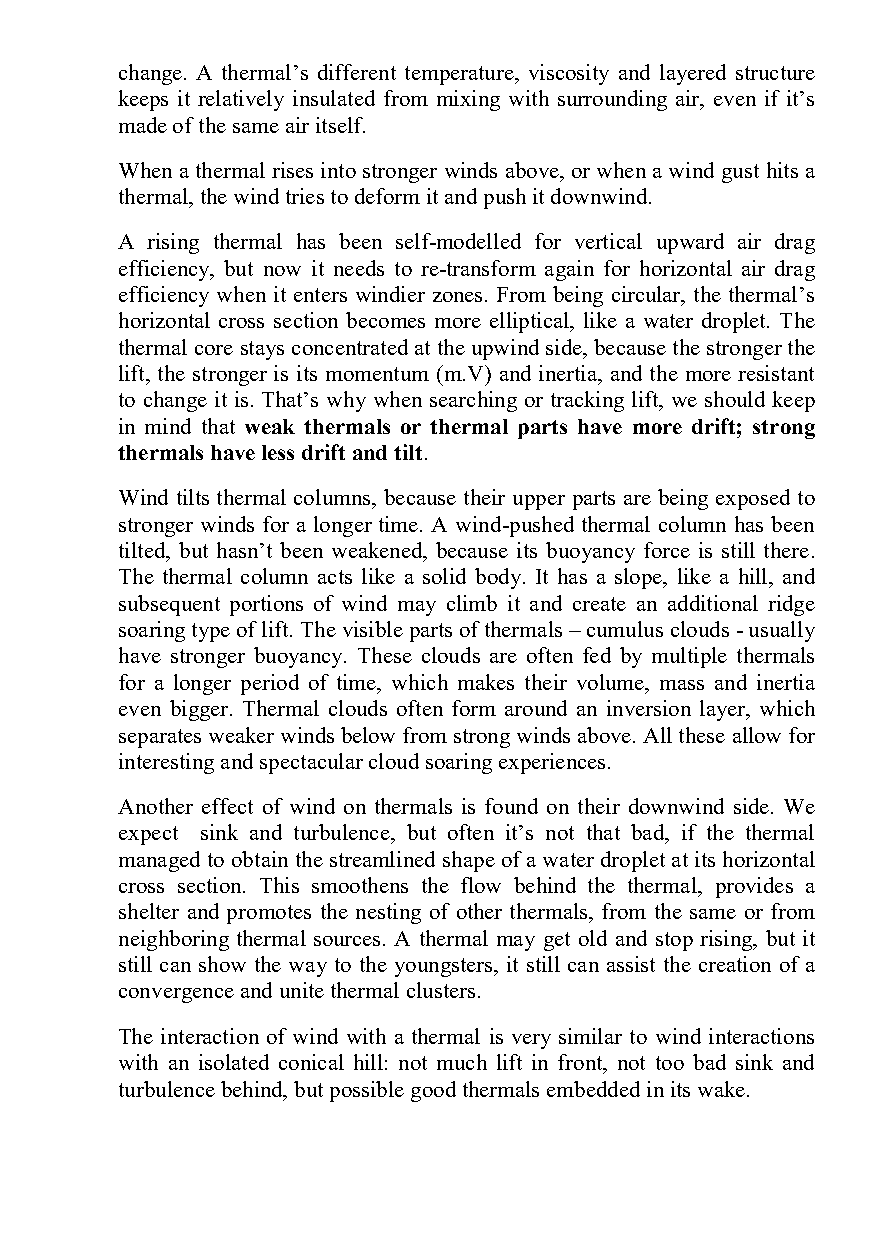
change. A thermal’s different temperature, viscosity and layered structure
 keeps it relatively insulated from mixing with surrounding air, even if it’s
 made of the same air itself.
 When a thermal rises into stronger winds above, or when a wind gust hits a
 thermal, the wind tries to deform it and push it downwind.
 A rising thermal has been self-modelled for vertical upward air drag
 efficiency, but now it needs to re-transform again for horizontal air drag
 efficiency when it enters windier zones. From being circular, the thermal’s
 horizontal cross section becomes more elliptical, like a water droplet. The
 thermal core stays concentrated at the upwind side, because the stronger the
 lift, the stronger is its momentum (m.V) and inertia, and the more resistant
 to change it is. That’s why when searching or tracking lift, we should keep
 in mind that weak thermals or thermal parts have more drift; strong
 thermals have less drift and tilt.
 Wind tilts thermal columns, because their upper parts are being exposed to
 stronger winds for a longer time. A wind-pushed thermal column has been
 tilted, but hasn’t been weakened, because its buoyancy force is still there.
 The thermal column acts like a solid body. It has a slope, like a hill, and
 subsequent portions of wind may climb it and create an additional ridge
 soaring type of lift. The visible parts of thermals – cumulus clouds - usually
 have stronger buoyancy. These clouds are often fed by multiple thermals
 for a longer period of time, which makes their volume, mass and inertia
 even bigger. Thermal clouds often form around an inversion layer, which
 separates weaker winds below from strong winds above. All these allow for
 interesting and spectacular cloud soaring experiences.
 Another effect of wind on thermals is found on their downwind side. We
 expect sink and turbulence, but often it’s not that bad, if the thermal
 managed to obtain the streamlined shape of a water droplet at its horizontal
 cross section. This smoothens the flow behind the thermal, provides a
 shelter and promotes the nesting of other thermals, from the same or from
 neighboring thermal sources. A thermal may get old and stop rising, but it
 still can show the way to the youngsters, it still can assist the creation of a
 convergence and unite thermal clusters.
 The interaction of wind with a thermal is very similar to wind interactions
 with an isolated conical hill: not much lift in front, not too bad sink and
 turbulence behind, but possible good thermals embedded in its wake.